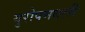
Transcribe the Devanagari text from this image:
युरोपमधली